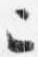
已